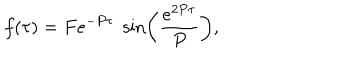
LaTeX: f ( \tau ) = F e ^ { - P \tau } \; \sin \left( \frac { e ^ { 2 P \tau } } { P } \right) ,